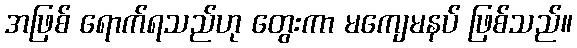
အဖြစ် ရောက်ရသည်ဟု တွေးကာ မကျေမနပ် ဖြစ်သည်။